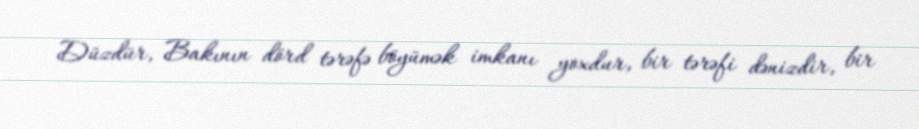
Düzdür, Bakının dörd tərəfə böyümək imkanı yoxdur, bir tərəfi dənizdir, bir